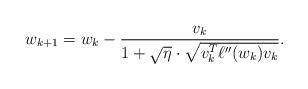
LaTeX: \begin{align*} w_{k+1} = w_k - \frac{v_k}{1 + \sqrt{\eta} \cdot \sqrt{v_k^T\ell''(w_k)v_k}}.\end{align*}